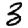
Digit: 3